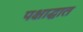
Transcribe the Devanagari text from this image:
पक्षाद्घात